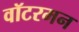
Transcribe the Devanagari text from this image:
वॉटरमन